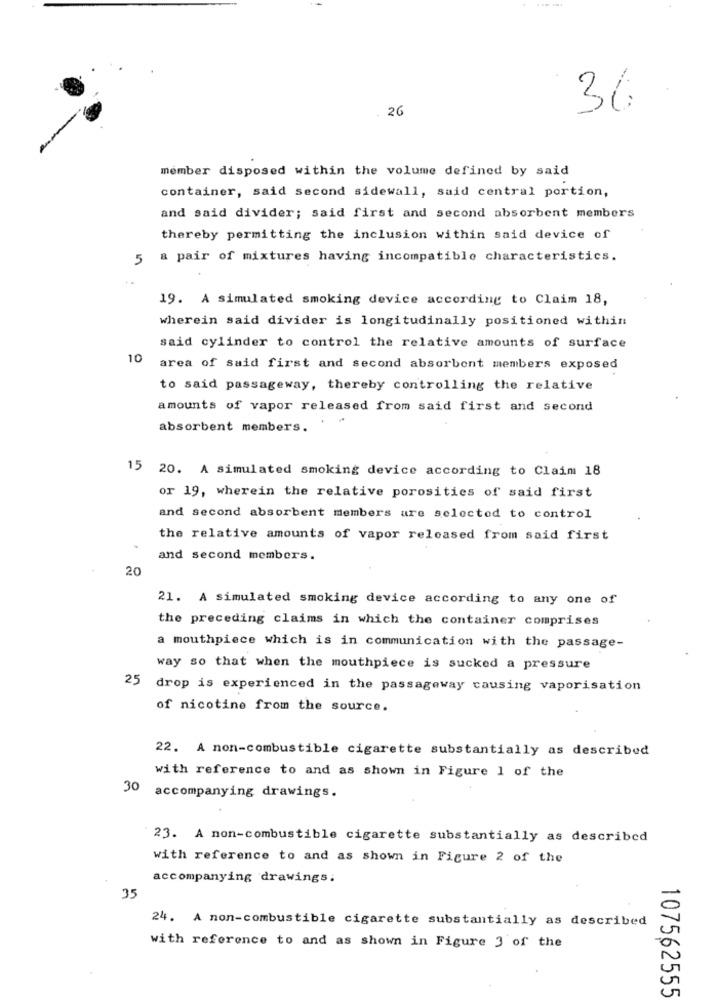
26
36
member disposed within the volume defined by said
container, said second sidewall, said central portion,
and said divider; said first and second absorbent members
thereby permitting the inclusion within said device of
5 a pair of mixtures having incompatible characteristics.
19. A simulated smoking device according to Claim 18,
wherein said divider is longitudinally positioned within
said cylinder to control the relative amounts of surface
10
area of said first and second absorbent members exposed
to said passageway, thereby controlling the relative
amounts of vapor released from said first and second
absorbent members.
15 20. A simulated smoking device according to Claim 18
or 19, wherein the relative porosities of said first
and second absorbent members are selected to control
the relative amounts of vapor released from said first
and second members.
20
21. A simulated smoking device according to any one of
the preceding claims in which the container comprises
a mouthpiece which is in communication with the passage-
way so that when the mouthpiece is sucked a pressure
25 drop is experienced in the passageway causing vaporisation
of nicotine from the source.
22. A non-combustible cigarette substantially as described
with reference to and as shown in Figure 1 of the
30 accompanying drawings.
23. A non-combustible cigarette substantially as described
with reference to and as shown in Figure 2 of the
accompanying drawings.
35
24. A non-combustible cigarette substantially as described
with reference to and as shown in Figure 3 of the
107562555